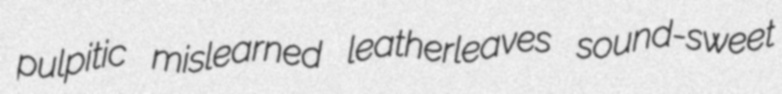
pulpitic mislearned leatherleaves sound-sweet